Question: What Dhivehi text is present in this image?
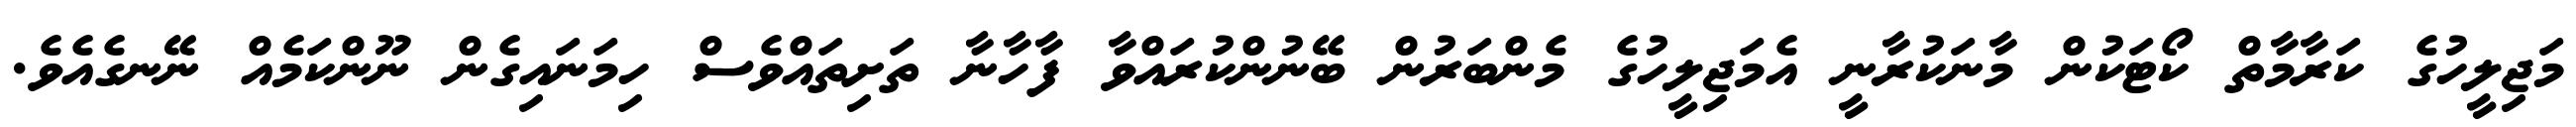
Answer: މަޖިލީހުގެ ކަރާމާތް ކޯޓަކުން މާނަކުރާނީ އެމަޖިލީހުގެ މެންބަރުން ބޭނުންކުރައްވާ ފާހާނާ ތަށިތައްވެސް ހިމަނައިގެން ނޫންކަމެއް ނޭނގެއެވެ.